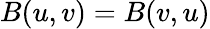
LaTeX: B(u,v)=B(v,u)